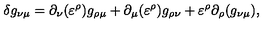
\delta g _ { \nu \mu } = \partial _ { \nu } ( \varepsilon ^ { \rho } ) g _ { \rho \mu } + \partial _ { \mu } ( \varepsilon ^ { \rho } ) g _ { \rho \nu } + \varepsilon ^ { \rho } \partial _ { \rho } ( g _ { \nu \mu } ) ,